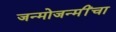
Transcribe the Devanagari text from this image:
जन्मोजन्मींचा